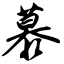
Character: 慕